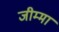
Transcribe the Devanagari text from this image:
जीम्मा